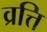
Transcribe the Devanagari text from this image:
व्रत्ति